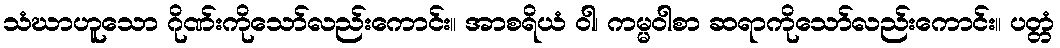
သံဃာဟူသော ဂိုဏ်းကိုသော်လည်းကောင်း။ အာစရိယံ ဝါ၊ ကမ္မဝါစာ ဆရာကိုသော်လည်းကောင်း။ ပတ္တံ